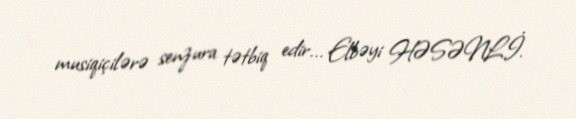
musiqiçilərə senzura tətbiq edir... Elbəyi HƏSƏNLİ.